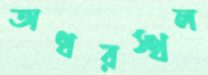
অধরস্থল